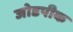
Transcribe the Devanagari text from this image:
जोडपीक